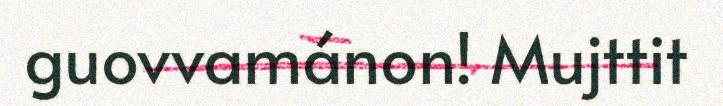
guovvamánon! Mujttit